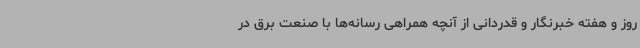
روز و هفته خبرنگار و قدردانی از آنچه همراهی رسانه‌ها با صنعت برق در